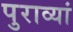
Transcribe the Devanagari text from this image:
पुराव्यां